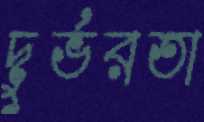
দুর্ভরতা